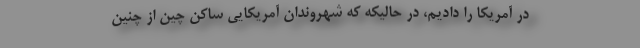
در آمریکا را دادیم، در حالیکه که شهروندان آمریکایی ساکن چین از چنین